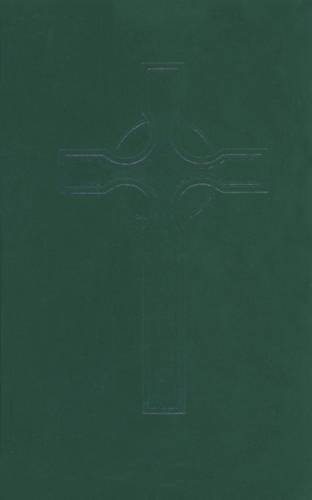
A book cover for Book of Occasional Services; Geneva Press; Religion & Spirituality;